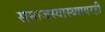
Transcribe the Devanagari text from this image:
समाजस्वास्थ्यावरही